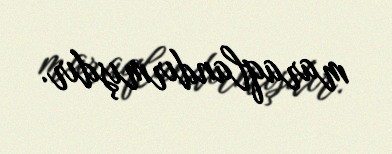
maraqlandırmışdır.